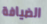
الضيافة